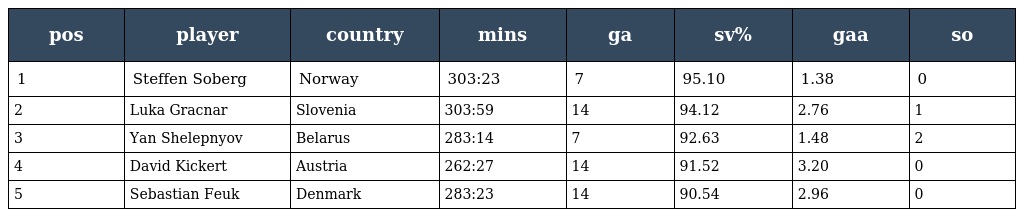
| pos | player | country | mins | ga | sv% | gaa | so |
 | --- | --- | --- | --- | --- | --- | --- | --- |
 | 1 | Steffen Soberg | Norway | 303:23 | 7 | 95.10 | 1.38 | 0 |
 | 2 | Luka Gracnar | Slovenia | 303:59 | 14 | 94.12 | 2.76 | 1 |
 | 3 | Yan Shelepnyov | Belarus | 283:14 | 7 | 92.63 | 1.48 | 2 |
 | 4 | David Kickert | Austria | 262:27 | 14 | 91.52 | 3.20 | 0 |
 | 5 | Sebastian Feuk | Denmark | 283:23 | 14 | 90.54 | 2.96 | 0 |